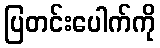
ပြတင်းပေါက်ကို